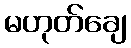
မဟုတ်ချေ